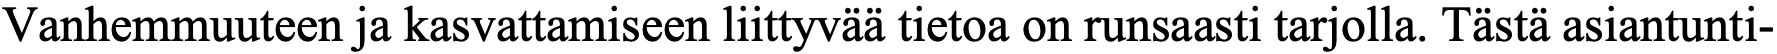
Vanhemmuuteen ja kasvattamiseen liittyvää tietoa on runsaasti tarjolla. Tästä asiantunti-